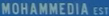
MOHAMMEDIA EST